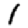
Digit: 1